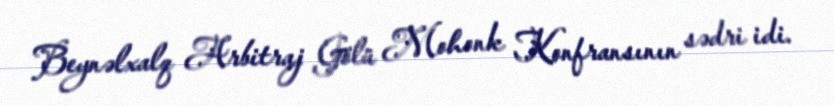
Beynəlxalq Arbitraj Gölü Mohonk Konfransının sədri idi.